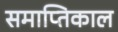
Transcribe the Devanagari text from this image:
समाप्तिकाल